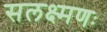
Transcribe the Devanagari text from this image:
सलक्ष्मणः